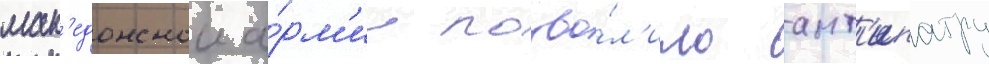
мак'едонскои а́рм'ии позво́л'ило ант'ипатру